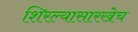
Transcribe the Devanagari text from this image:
शिरल्यासारखेच